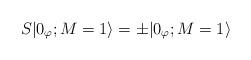
LaTeX: \begin{align*}S|0_\varphi; M=1 \rangle = \pm|0_\varphi; M=1 \rangle\end{align*}